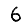
Digit: 6